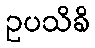
ဥပသိခိ